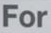
For